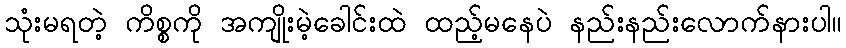
သုံးမရတဲ့ ကိစ္စကို အကျိုးမဲ့ခေါင်းထဲ ထည့်မနေပဲ နည်းနည်းလောက်နားပါ။